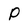
Character: p